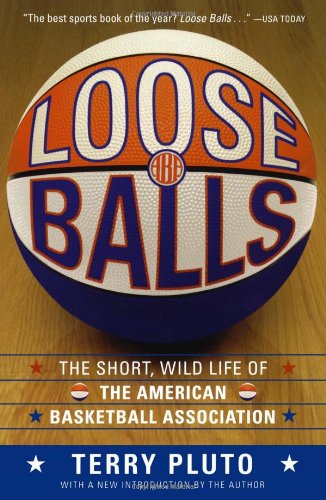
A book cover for Loose Balls: The Short, Wild Life of the American Basketball Association; Terry Pluto; Sports & Outdoors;